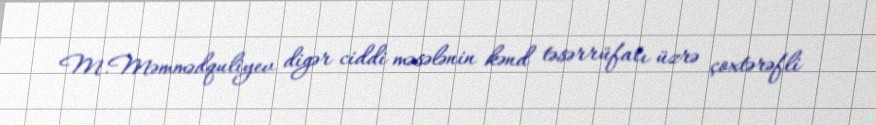
M.Məmmədquliyev digər ciddi məsələnin kənd təsərrüfatı üzrə çoxtərəfli